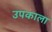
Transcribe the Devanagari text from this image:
उपकाला